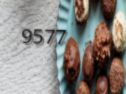
9577